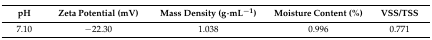
| pH | Zeta Potential (mV) | Mass Density (g·mL−1) | Moisture Content (%) | VSS/TSS |
 | --- | --- | --- | --- | --- |
 | 7.10 | −22.30 | 1.038 | 0.996 | 0.771 |